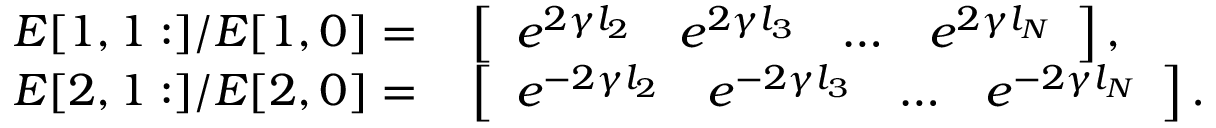
\begin{array} { r l } { \boldsymbol { E } [ 1 , 1 : ] / \boldsymbol { E } [ 1 , 0 ] = } & { { } \left[ \begin{array} { l l l l } { e ^ { 2 \gamma l _ { 2 } } } & { e ^ { 2 \gamma l _ { 3 } } } & { \ldots } & { e ^ { 2 \gamma l _ { N } } } \end{array} \right] , } \\ { \boldsymbol { E } [ 2 , 1 : ] / \boldsymbol { E } [ 2 , 0 ] = } & { { } \left[ \begin{array} { l l l l } { e ^ { - 2 \gamma l _ { 2 } } } & { e ^ { - 2 \gamma l _ { 3 } } } & { \ldots } & { e ^ { - 2 \gamma l _ { N } } } \end{array} \right] . } \end{array}